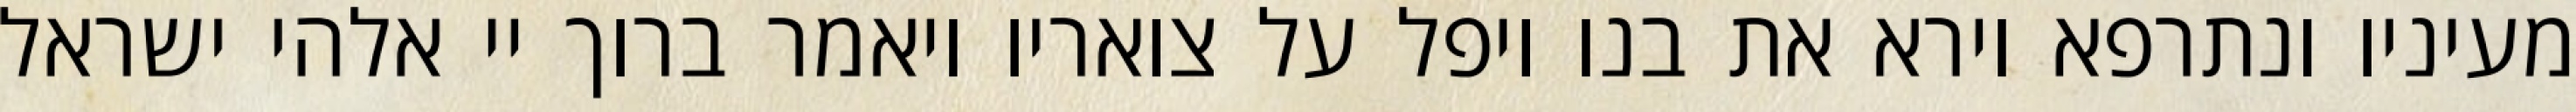
מעיניו ונתרפא וירא את בנו ויפל על צואריו ויאמר ברוך יי אלהי ישראל